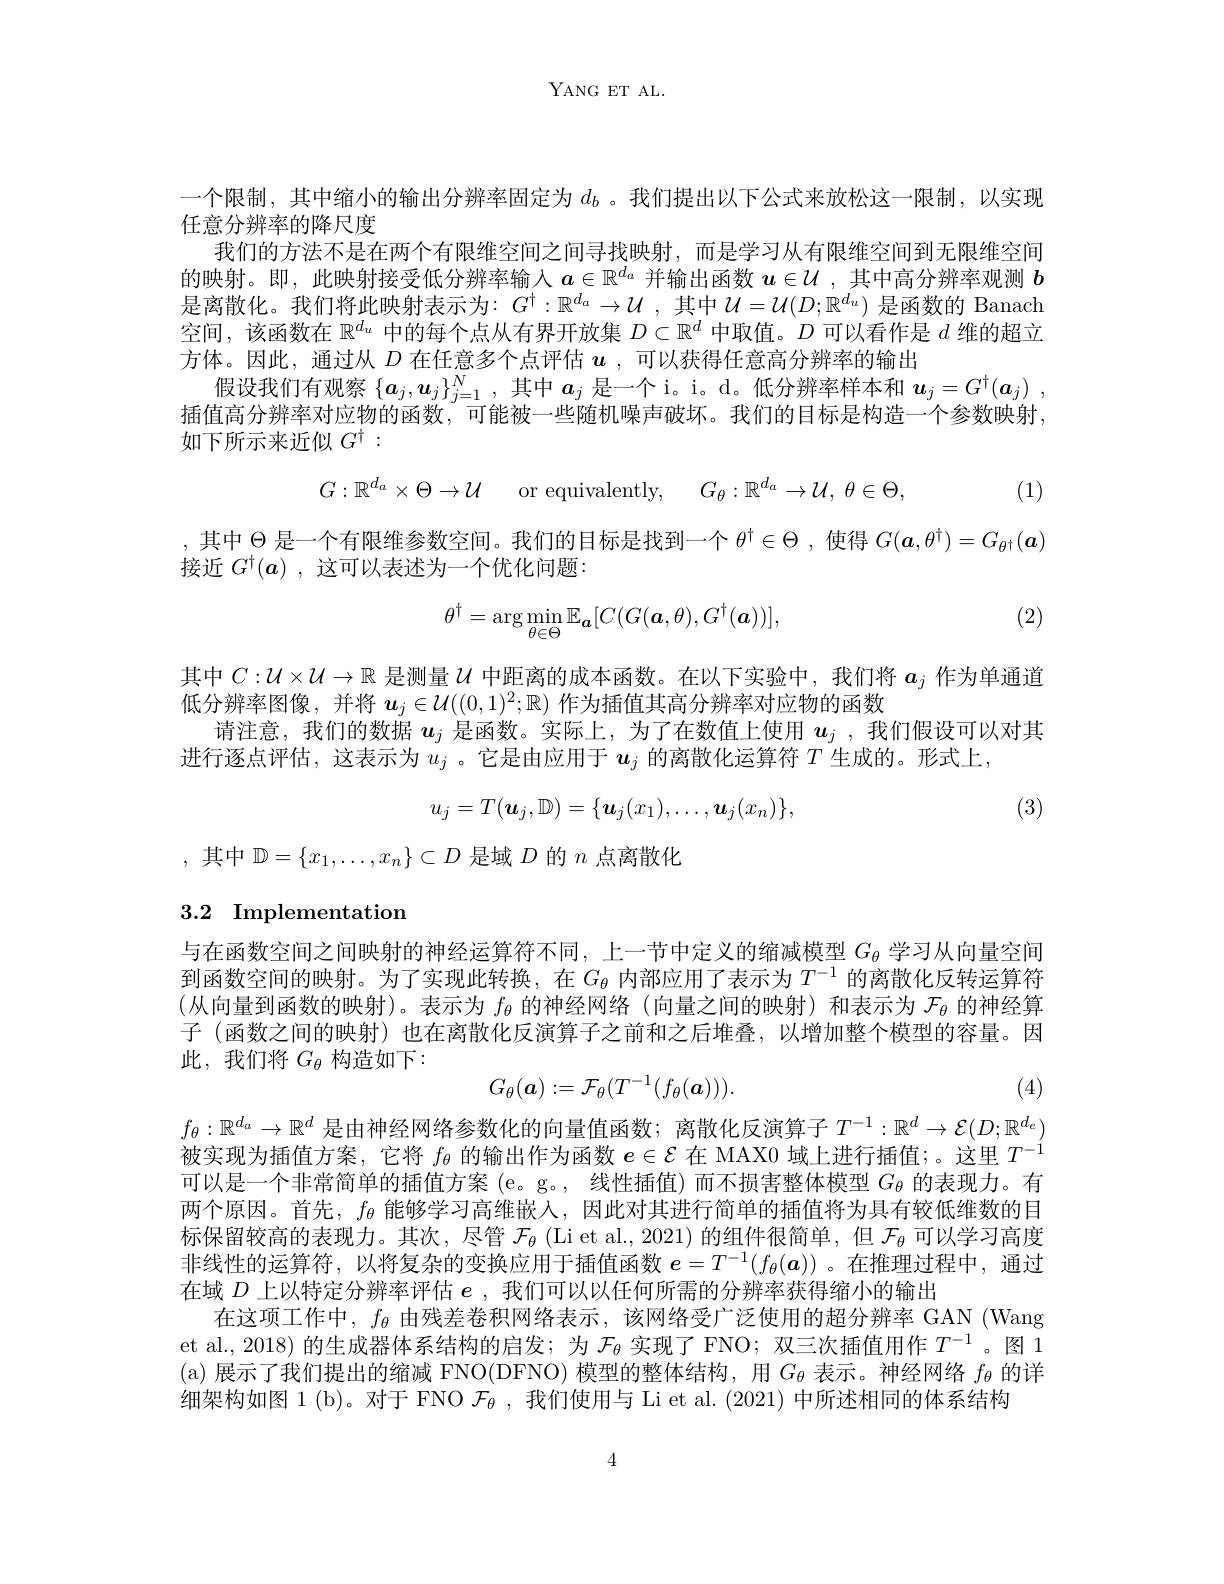
YANG ET AL.

一个限制，其中缩小的输出分辨率固定为$d_b$ 。我们提出以下公式来放松这一限制，以实现
任意分辨率的降尺度
我们的方法不是在两个有限维空间之间寻找映射，而是学习从有限维空间到无限维空间的映射。即，此映射接受低分辨率输入$a\in\mathbb{R}^{d_a}$并输出函数$\boldsymbol u\in\mathcal{U}$,其中高分辨率观测$\boldsymbol b$ 是离散化。我们将此映射表示为：$G^\dagger:\mathbb{R}^{d_a}\to\mathcal{U}$,其中$\mathcal{U}=\mathcal{U}(D;\mathbb{R}^{d_u})$是函数的 Banach 空间，该函数在$\mathbb{R}^d_u$中的每个点从有界开放集$D\subset\mathbb{R}^d$中取值。$D$可以看作是$d$维的超立方体。因此，通过从$D$在任意多个点评估$u$ ,可以获得任意高分辨率的输出
假设我们有观察$\{a_j,\boldsymbol{u}_j\}_{j=1}^N$,其中$a_j$是一个 i。i。d。低分辨率样本和$\boldsymbol{u}_j= G^\dagger ( \boldsymbol{a}_j)$ , 插值高分辨率对应物的函数，可能被一些随机噪声破坏。我们的目标是构造一个参数映射， 如下所示来近似$G^\dagger:$
$$G:\mathbb{R}^{d_a}\times\Theta\to\mathcal{U}\quad\mathrm{or~equivalently},\quad G_\theta:\mathbb{R}^{d_a}\to\mathcal{U},\:\theta\in\Theta,$$
0, (1)

,其中$\Theta$是一个有限维参数空间。我们的目标是找到一个$\theta^\dagger\in\Theta$ ,使得$G(\boldsymbol{a},\theta^\dagger)=G_{\theta\dagger}(\boldsymbol{a})$

接近$G^\dagger(\boldsymbol{a})$ ,这可以表述为一个优化问题：

(2)
$$\theta^\dagger=\arg\min_{\theta\in\Theta}\mathbb{E}_{\boldsymbol{a}}[C(G(\boldsymbol{a},\theta),G^\dagger(\boldsymbol{a}))],$$
其中$C:\mathcal{U}\times\mathcal{U}\to\mathbb{R}$是测量$\mathcal{U}$中距离的成本函数。在以下实验中，我们将$a_j$作为单通道
低分辨率图像，并将$\boldsymbol{u}_j\in\mathcal{U}((0,1)^2;\mathbb{R})$作为插值其高分辨率对应物的函数
请注意，我们的数据$u_j$是函数。实际上，为了在数值上使用$u_j$,我们假设可以对其
进行逐点评估，这表示为$u_j$ 。它是由应用于$u_j$的离散化运算符$T$生成的。形式上，

(3)
$$u_j=T(\boldsymbol{u}_j,\mathbb{D})=\{\boldsymbol{u}_j(x_1),\ldots,\boldsymbol{u}_j(x_n)\},$$
,其中$\mathbb{D}=\{x_1,\ldots,x_n\}\subset D$是域$D$的$n$点离散化

# 3.2 Implementation

与在函数空间之间映射的神经运算符不同，上一节中定义的缩减模型$G_{\theta}$学习从向量空间到函数空间的映射。为了实现此转换，在$G_\theta$内部应用了表示为$T^-1$的离散化反转运算符(从向量到函数的映射)。表示为$f_\theta$的神经网络(向量之间的映射) 和表示为$\mathcal{F}_\theta$的神经算子 (函数之间的映射) 也在离散化反演算子之前和之后堆叠，以增加整个模型的容量。因此，我们将$G_\theta$构造如下：
$$G_\theta(\boldsymbol{a}):=\mathcal{F}_\theta(T^{-1}(f_\theta(\boldsymbol{a}))).$$
(4)

$f_\theta:\mathbb{R}^{d_a}\to\mathbb{R}^d$是由神经网络参数化的向量值函数；离散化反演算子$T^{-1}:\mathbb{R}^d\to\mathcal{E}(D;\mathbb{R}^{d_e})$ 被实现为插值方案，它将$f_\theta$的输出作为函数$e\in\mathcal{E}$在 MAX0 域上进行插值；。这里$T^{-1}$ 可以是一个非常简单的插值方案 (e。g。, 线性插值)而不损害整体模型$G_{\theta}$的表现力。有两个原因。首先，$f_\theta$能够学习高维嵌入，因此对其进行简单的插值将为具有较低维数的目标保留较高的表现力。其次，尽管$\mathcal{F}_\theta$ (Li et al.,2021) 的组件很简单，但$\mathcal{F}_\theta$可以学习高度非线性的运算符，以将复杂的变换应用于插值函数$e=T^{-1}(f_\theta(\boldsymbol{a}))$ 。在推理过程中，通过在域$D$上以特定分辨率评估$e$ ,我们可以以任何所需的分辨率获得缩小的输出
在这项工作中，$f_\theta$由残差卷积网络表示，该网络受广泛使用的超分辨率 GAN (Wang et al.,2018)的生成器体系结构的启发；为$\mathcal{F}_\theta$实现了 FNO; 双三次插值用作$T^{-1}$。图 1 (a) 展示了我们提出的缩减 FNO(DFNO) 模型的整体结构，用$G_\theta$表示。神经网络$f_\theta$的详细架构如图 1 (b)。对于 FNO $\mathcal{F}_\theta$ ,我们使用与 Li et al. (2021) 中所述相同的体系结构

4